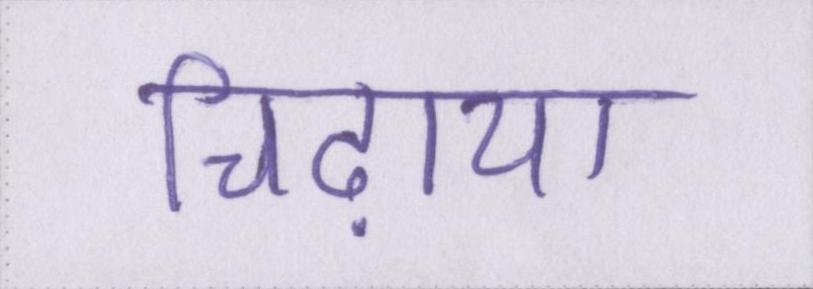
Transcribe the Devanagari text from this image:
चिढ़ाया